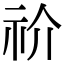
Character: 祄